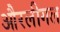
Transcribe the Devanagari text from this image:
औरलीगल